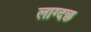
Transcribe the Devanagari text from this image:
लाग्दछ